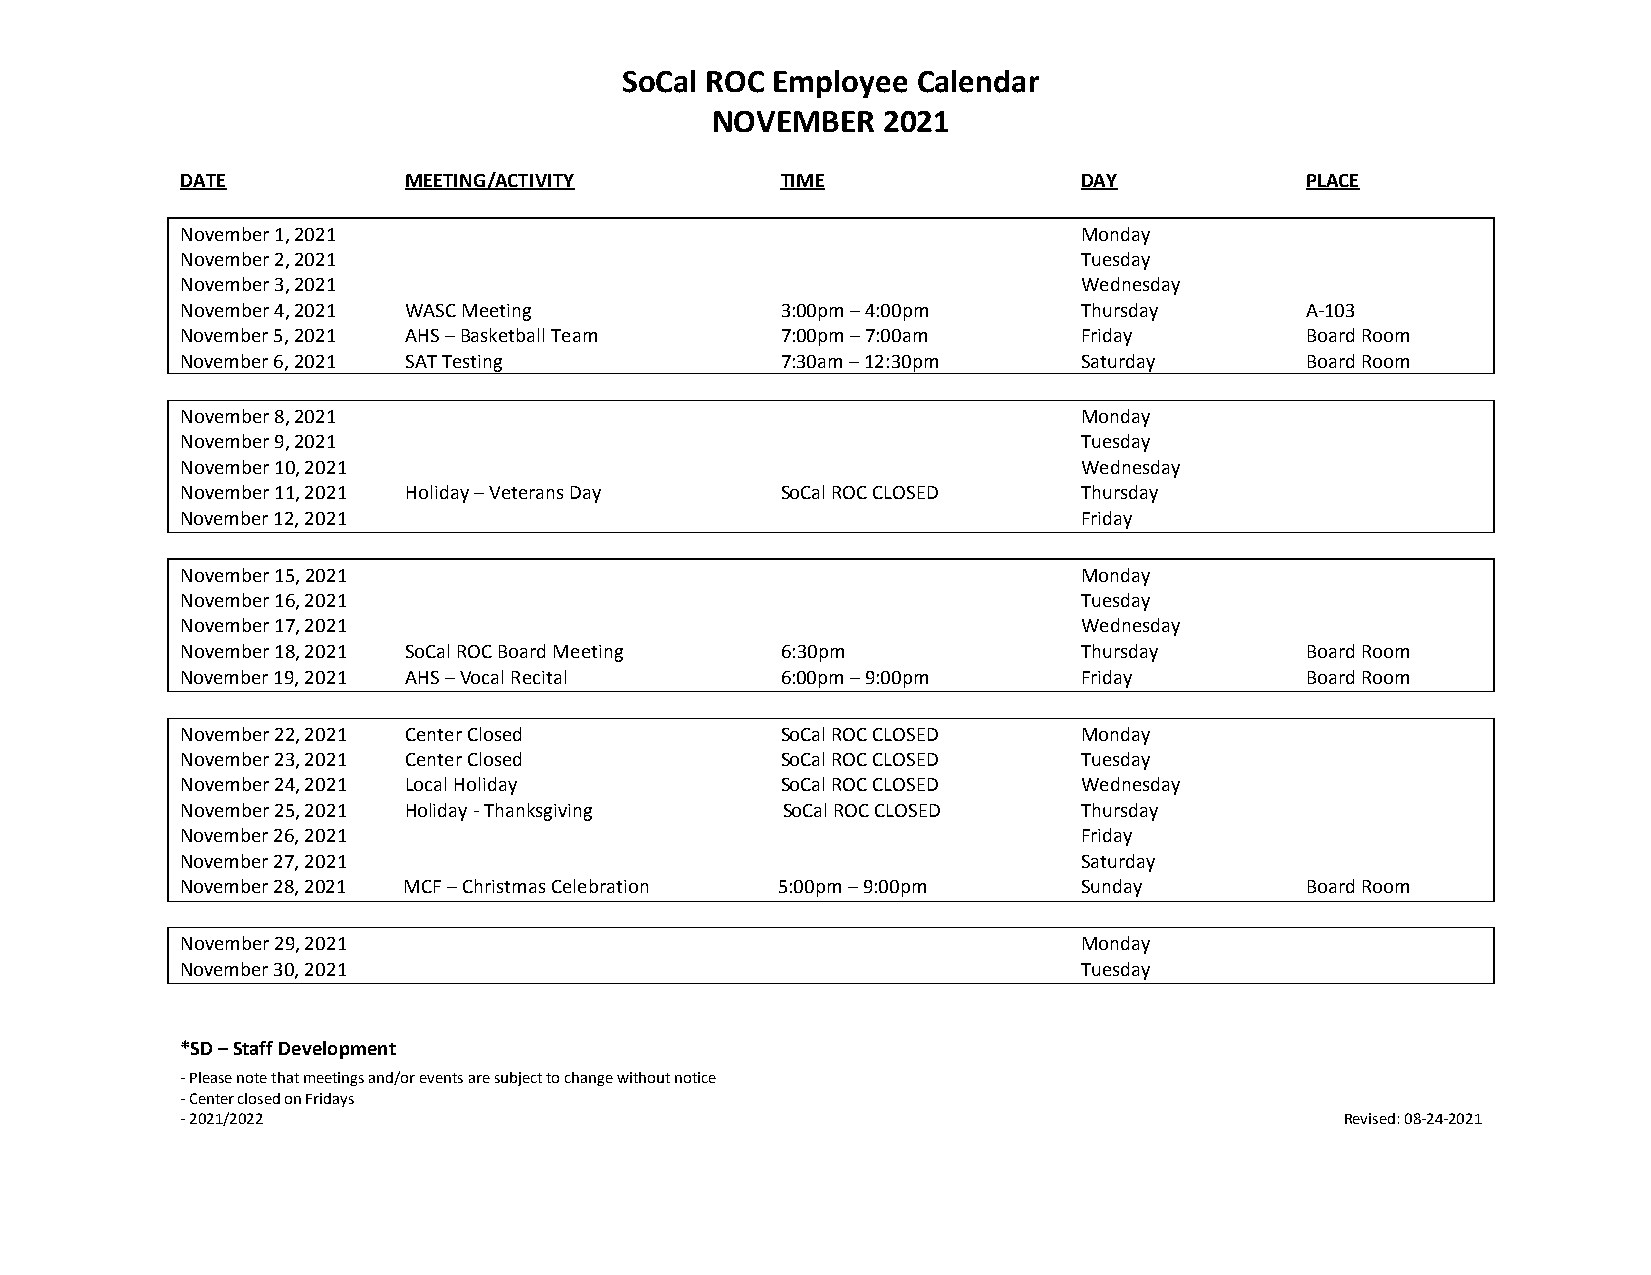
SoCal ROC Employee  Calendar
 NOVEMBER   2021
 DATE           MEETING/ACTIVITY         TIME                DAY           PLACE
 November 1, 2021                                            Monday
 November 2, 2021                                            Tuesday
 November 3, 2021                                            Wednesday
 November 4, 2021 WASC Meeting           3:00pm – 4:00pm     Thursday      A-103
 November 5, 2021 AHS – Basketball Team  7:00pm – 7:00am     Friday        Board Room
 November 6, 2021 SAT Testing            7:30am – 12:30pm    Saturday      Board Room
 November 8, 2021                                            Monday
 November 9, 2021                                            Tuesday
 November 10, 2021                                           Wednesday
 November 11, 2021 Holiday – Veterans Day SoCal ROC CLOSED   Thursday
 November 12, 2021                                           Friday
 November 15, 2021                                           Monday
 November 16, 2021                                           Tuesday
 November 17, 2021                                           Wednesday
 November 18, 2021 SoCal ROC Board Meeting 6:30pm            Thursday      Board Room
 November 19, 2021 AHS – Vocal Recital   6:00pm – 9:00pm     Friday        Board Room
 November 22, 2021 Center Closed         SoCal ROC CLOSED    Monday
 November 23, 2021 Center Closed         SoCal ROC CLOSED    Tuesday
 November 24, 2021 Local Holiday         SoCal ROC CLOSED    Wednesday
 November 25, 2021 Holiday - Thanksgiving SoCal ROC CLOSED   Thursday
 November 26, 2021                                           Friday
 November 27, 2021                                           Saturday
 November 28, 2021 MCF – Christmas Celebration 5:00pm – 9:00pm Sunday      Board Room
 November 29, 2021                                           Monday
 November 30, 2021                                           Tuesday
 *SD – Staff Development
 - Please note that meetings and/or events are subject to change without notice
 - Center closed on Fridays
 - 2021/2022                                                                  Revised: 08-24-2021